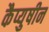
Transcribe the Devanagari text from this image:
कैप्युषीन